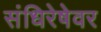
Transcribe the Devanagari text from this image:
संधिरेषेवर